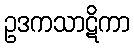
ဥဒကသာဋိကာ